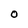
Character: O